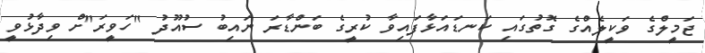
ޖަމީލްގެ ވަކީލެއްގެ ގޮތުގައި ކަނޑައަޅާފައިވާ ކުރީގެ ބަންޑާރަ ނައިބު ސުއޫދު "ހަވީރަ"ށް ވިދާޅުވީ